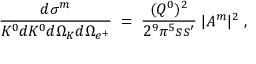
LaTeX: \frac { d \sigma ^ { m } } { K ^ { 0 } d K ^ { 0 } d \Omega _ { K } d \Omega _ { e ^ { + } } } \; = \; \frac { ( Q ^ { 0 } ) ^ { 2 } } { 2 ^ { 9 } \pi ^ { 5 } s s ^ { \prime } } \; | A ^ { m } | ^ { 2 } \; ,